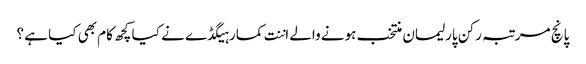
پانچ مرتبہ رکن پارلیمان منتخب ہونے والے اننت کمار ہیگڈے نے کیا کچھ کام بھی کیا ہے ؟